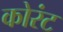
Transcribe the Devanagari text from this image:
कोरंट